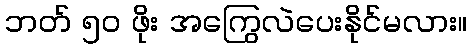
ဘတ် ၅၀ ဖိုး အကြွေလဲပေးနိုင်မလား။